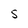
Character: s